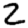
Digit: 2